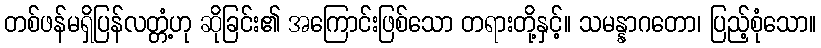
တစ်ဖန်မရှိပြန်လတ္တံ့ဟု ဆိုခြင်း၏ အကြောင်းဖြစ်သော တရားတို့နှင့်။ သမန္နာဂတော၊ ပြည့်စုံသော။